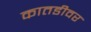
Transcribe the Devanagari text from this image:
कातडीवर